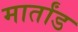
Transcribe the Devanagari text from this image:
मार्तांड